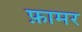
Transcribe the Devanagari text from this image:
फ़ामर